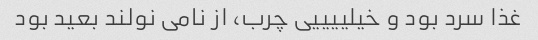
غذا سرد بود و خیلییییی چرب، از نامی نولند بعید بود